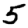
Digit: 5